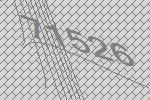
71526